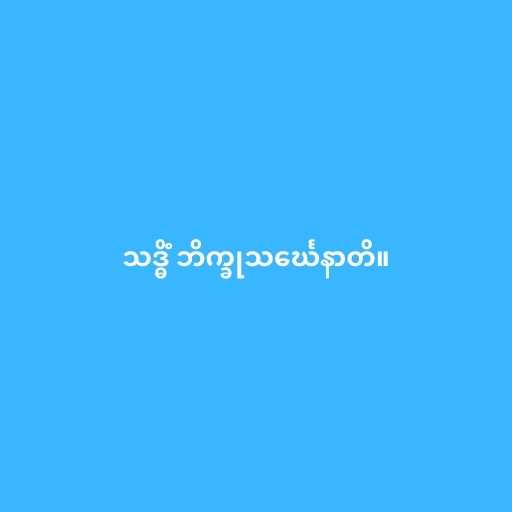
သဒ္ဓိံ ဘိက္ခုသင်္ဃေနာတိ။